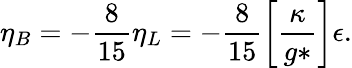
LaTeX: \eta_{B}=-\frac{8}{15}\eta_{L}=-\frac{8}{15}\left[\frac{\kappa}{g*}\right]\epsilon.